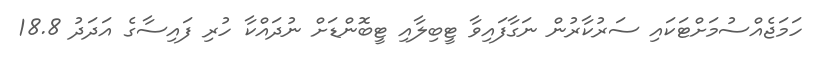
ހަމަޖެއްސުމަށްޓަކައި ސަރުކާރުން ނަގާފައިވާ ޓީބިލާއި ޓީބޮންޑަށް ނުދައްކާ ހުރި ފައިސާގެ އަދަދު 18.8